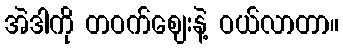
အဲဒါကို တဝက်ဈေးနဲ့ ဝယ်လာတာ။